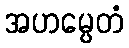
အဟမ္ပေတံ